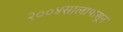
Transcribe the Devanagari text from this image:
२००४सालापासून